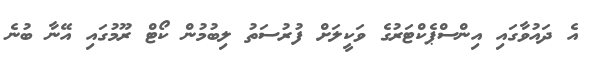
އެ ދައުވާގައި އިންސްޕެކްޓަރުގެ ވަކީލަށް ފުރުސަތު ލިބުމުން ކޯޓް ރޫމުގައި އޭނާ ބުނެ